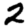
Digit: 2